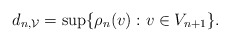
\begin{align*}d_{n, \mathcal{V}} = \sup \{ \rho_n(v) : v \in V_{n+1}\}.\end{align*}